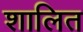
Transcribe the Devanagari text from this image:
शालित